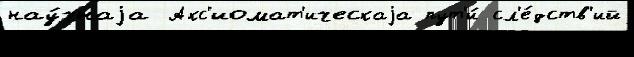
нау́чнаjа Акс'иомат'ическаjа пут'и́ сл'е́дств'ий